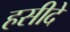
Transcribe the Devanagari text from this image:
हसीदे